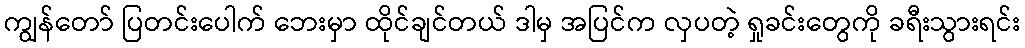
ကျွန်တော် ပြတင်းပေါက် ဘေးမှာ ထိုင်ချင်တယ် ဒါမှ အပြင်က လှပတဲ့ ရှုခင်းတွေကို ခရီးသွားရင်း